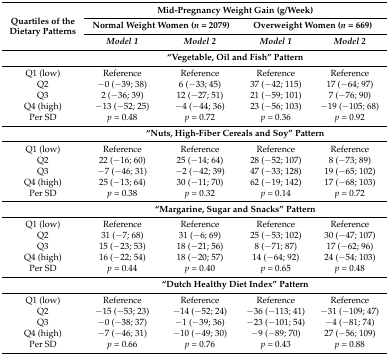
<table><thead><tr><td rowspan="3"><b>Quartiles of the Dietary Patterns</b></td><td colspan="4"><b>Mid-Pregnancy Weight Gain (g/Week)</b></td></tr><tr><td colspan="2"><b>Normal Weight Women (<i>n</i> = 2079)</b></td><td colspan="2"><b>Overweight Women (<i>n</i> = 669)</b></td></tr><tr><td><b><i>Model 1</i></b></td><td><b><i>Model 2</i></b></td><td><b><i>Model 1</i></b></td><td><b><i>Model 2</i></b></td></tr></thead><tbody><tr><td></td><td colspan="4"><b>“Vegetable, Oil and Fish” Pattern</b></td></tr><tr><td>Q1 (low)</td><td>Reference</td><td>Reference</td><td>Reference</td><td>Reference</td></tr><tr><td>Q2</td><td>−0 (−39; 38)</td><td>6 (−33; 45)</td><td>37 (−42; 115)</td><td>17 (−64; 97)</td></tr><tr><td>Q3</td><td>2 (−36; 39)</td><td>12 (−27; 51)</td><td>21 (−59; 101)</td><td>7 (−76; 90)</td></tr><tr><td>Q4 (high)</td><td>−13 (−52; 25)</td><td>−4 (−44; 36)</td><td>23 (−56; 103)</td><td>−19 (−105; 68)</td></tr><tr><td>Per SD</td><td><i>p</i> = 0.48</td><td><i>p</i> = 0.72</td><td><i>p</i> = 0.36</td><td><i>p</i> = 0.92</td></tr><tr><td></td><td colspan="4"><b>“Nuts, High-Fiber Cereals and Soy” Pattern</b></td></tr><tr><td>Q1 (low)</td><td>Reference</td><td>Reference</td><td>Reference</td><td>Reference</td></tr><tr><td>Q2</td><td>22 (−16; 60)</td><td>25 (−14; 64)</td><td>28 (−52; 107)</td><td>8 (−73; 89)</td></tr><tr><td>Q3 </td><td>−7 (−46; 31)</td><td>−2 (−42; 39)</td><td>47 (−33; 128)</td><td>19 (−65; 102)</td></tr><tr><td>Q4 (high)</td><td>25 (−13; 64)</td><td>30 (−11; 70)</td><td>62 (−19; 142)</td><td>17 (−68; 103)</td></tr><tr><td>Per SD</td><td><i>p</i> = 0.38</td><td><i>p</i> = 0.32</td><td><i>p</i> = 0.14</td><td><i>p</i> = 0.72</td></tr><tr><td></td><td colspan="4"><b>“Margarine, Sugar and Snacks” Pattern</b></td></tr><tr><td>Q1 (low)</td><td>Reference</td><td>Reference</td><td>Reference</td><td>Reference</td></tr><tr><td>Q2</td><td>31 (−7; 68)</td><td>31 (−6; 69)</td><td>25 (−53; 102)</td><td>30 (−47; 107)</td></tr><tr><td>Q3 </td><td>15 (−23; 53)</td><td>18 (−21; 56)</td><td>8 (−71; 87)</td><td>17 (−62; 96)</td></tr><tr><td>Q4 (high)</td><td>16 (−22; 54)</td><td>18 (−20; 57)</td><td>14 (−64; 92)</td><td>24 (−54; 103)</td></tr><tr><td>Per SD</td><td><i>p</i> = 0.44</td><td><i>p</i> = 0.40</td><td><i>p</i> = 0.65</td><td><i>p</i> = 0.48</td></tr><tr><td></td><td colspan="4"><b>“Dutch Healthy Diet Index” Pattern</b></td></tr><tr><td>Q1 (low)</td><td>Reference</td><td>Reference</td><td>Reference</td><td>Reference</td></tr><tr><td>Q2</td><td>−15 (−53; 23)</td><td>−14 (−52; 24)</td><td>−36 (−113; 41)</td><td>−31 (−109; 47)</td></tr><tr><td>Q3</td><td>−0 (−38; 37)</td><td>−1 (−39; 36)</td><td>−23 (−101; 54)</td><td>−4 (−81; 74)</td></tr><tr><td>Q4 (high)</td><td>−7 (−46; 31)</td><td>−10 (−49; 30)</td><td>−9 (−89; 70)</td><td>27 (−56; 109)</td></tr><tr><td>Per SD</td><td><i>p</i> = 0.66</td><td><i>p</i> = 0.76</td><td><i>p</i> = 0.43</td><td><i>p</i> = 0.88</td></tr></tbody></table>